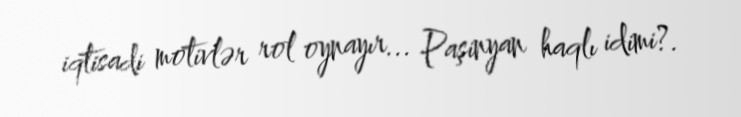
iqtisadi motivlər rol oynayır... Paşinyan haqlı idimi?.